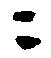
ニ